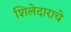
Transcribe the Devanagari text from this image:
शिलेदाराचे